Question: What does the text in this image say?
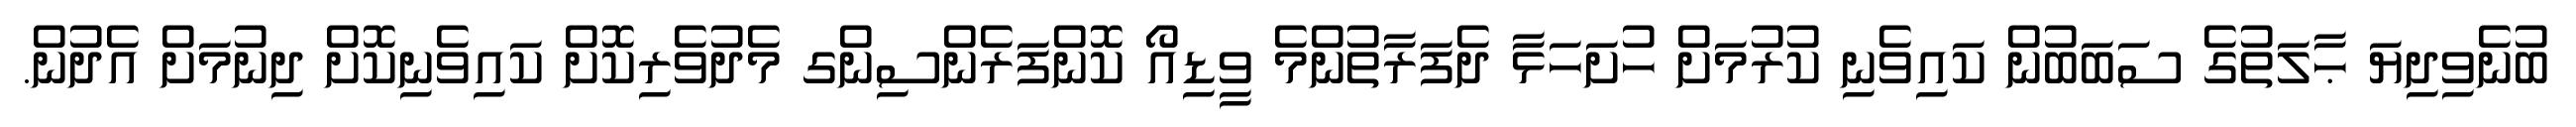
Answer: ބުނެވިދިޔަ ޙާލަތުގެ ސަބަބުން ކައިވެނި ކުރުމަށް ހުށަހަޅާ ދެފަރާތުންމެ ވީޑިއޯ ކޮންފަރެންސިންގ މެދުވެރިކޮށް ކައިވެނިކޮށް ދިނުމަށް އެދުން.